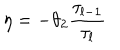
\eta = - \theta _ { 2 } { \frac { \tau _ { l - 1 } } { \tau _ { l } } }